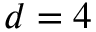
d = 4